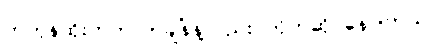
တဟုန်ထိုးတက်လာချိန်နဲ့လည်း တိုက်ဆိုင်နေပါတယ်။